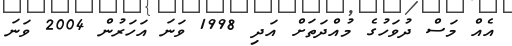
އެއް މަސް ދުވަހުގެ މުއްދަތަށް އަދި 1998 ވަނަ އަހަރުން 2004 ވަނަ